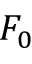
F _ { 0 }